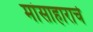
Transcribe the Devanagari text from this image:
मांसाहाराचे